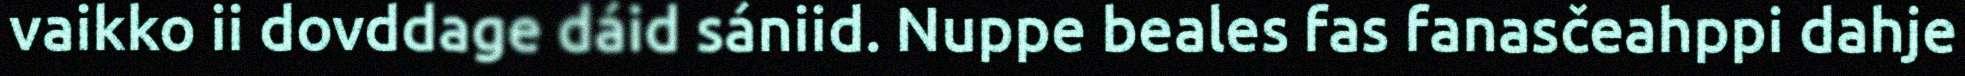
vaikko ii dovddage dáid sániid. Nuppe beales fas fanasčeahppi dahje